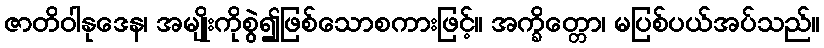
ဇာတိဝါနုဒေန၊ အမျိုးကိုစွဲ၍ဖြစ်သောစကားဖြင့်။ အက္ခိတ္တော၊ မပြစ်ပယ်အပ်သည်။